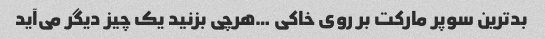
بدترین سوپر مارکت بر روی خاکی …هرچی بزنید یک چیز دیگر می‌آید